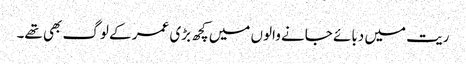
ریت میں دبائے جانے والوں میں کچھ بڑی عمر کے لوگ بھی تھے۔